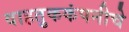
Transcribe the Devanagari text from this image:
वाहतुककंपनीचे